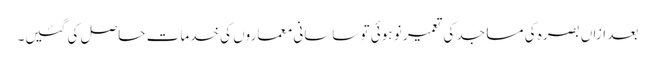
بعد ازاں بصرہ کی مساجد کی تعمیر نو ہوئی تو ساسانی معماروں کی خدمات حاصل کی گئیں۔